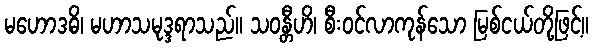
မဟောဒဓိ၊ မဟာသမုဒ္ဒရာသည်။ သဝန္တီဟိ၊ စီးဝင်လာကုန်သော မြစ်ငယ်တို့ဖြင့်။